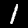
Digit: 1